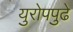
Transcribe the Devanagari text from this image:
युरोपपुढे